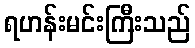
ရဟန်းမင်းကြီးသည်